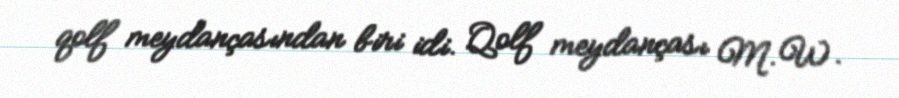
qolf meydançasından biri idi. Qolf meydançası M.W.